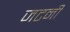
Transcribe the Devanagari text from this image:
जटनी